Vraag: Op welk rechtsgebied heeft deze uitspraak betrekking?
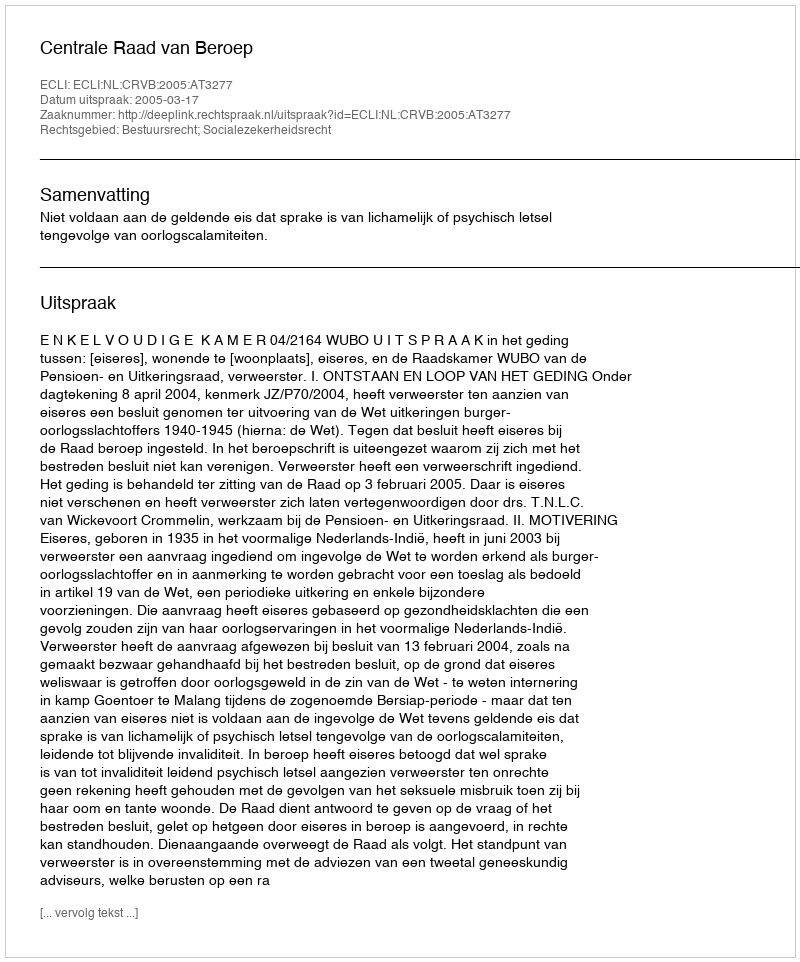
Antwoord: Bestuursrecht; Socialezekerheidsrecht